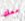
معك